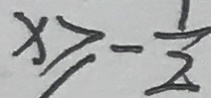
x \geq - \frac { 1 } { 2 }